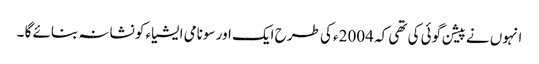
انہوں نے پیشن گوئی کی تھی کہ 2004ء کی طرح ایک اور سونامی ایشیاء کو نشانہ بنائے گا ۔